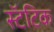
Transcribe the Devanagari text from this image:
स्टॅटिक